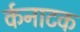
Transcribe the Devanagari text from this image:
र्कनाटक